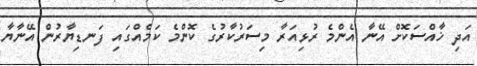
އަދި ޚާއްސަކޮށް އޭނާ އެންމެ ރުޅިއަރާ މިސަރުކާރުގެ ކޮންމެ ކަމެއްގައި ފަނޑިޔާރުން އޭނާޔާ